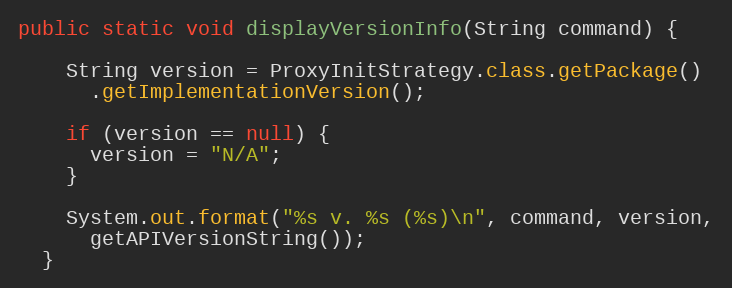
Language: Java
public static void displayVersionInfo(String command) {

    String version = ProxyInitStrategy.class.getPackage()
      .getImplementationVersion();

    if (version == null) {
      version = "N/A";
    }

    System.out.format("%s v. %s (%s)\n", command, version,
      getAPIVersionString());
  }